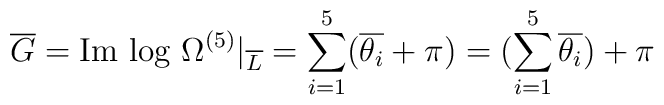
\overline{G} = \hbox{Im log } \Omega^{(5)}|_{\overline{L}} = \sum_{i=1}^5 (\overline{\theta_i} + \pi) = (\sum_{i=1}^5 \overline{\theta_i}) + \pi